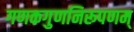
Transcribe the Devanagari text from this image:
गणकगुणनिरूपणम्